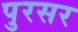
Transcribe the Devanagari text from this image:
पुरसर